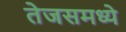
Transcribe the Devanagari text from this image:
तेजसमध्ये